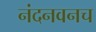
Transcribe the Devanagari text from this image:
नंदनवनच